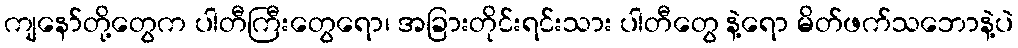
ကျနော်တို့တွေက ပါတီကြီးတွေရော၊ အခြားတိုင်းရင်းသား ပါတီတွေ နဲ့ရော မိတ်ဖက်သဘောနဲ့ပဲ